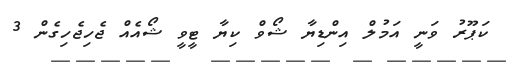
ކަޕޫރު ވަނީ އަމުލް އިންޑިޔާ ޝޯވް ކިޔާ ޓީވީ ޝޯއެއް ޖެހިޖެހިގެން 3